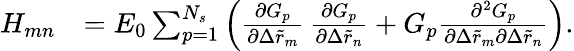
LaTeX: \begin{array}{rl}{H_{mn}}&{=E_{0}\sum_{p=1}^{N_{s}}{\left(\frac{\partial G_{p}}{\partial\Delta\tilde{r}_{m}}\, \frac{\partial G_{p}}{\partial\Delta\tilde{r}_{n}}+G_{p}\frac{\partial^{2}G_{p}}{\partial\Delta\tilde{r}_{m}\partial\Delta\tilde{r}_{n}}\right)}.}\end{array}